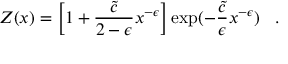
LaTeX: { \cal Z } ( x ) = \left[ 1 + { \frac { \tilde { c } } { 2 - \epsilon } } x ^ { - \epsilon } \right] \exp ( - { \frac { \tilde { c } } { \epsilon } } x ^ { - \epsilon } ) \; \; \; .